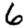
Digit: 6